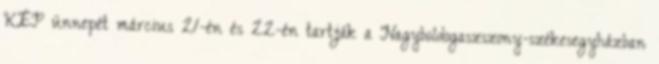
KÉP ünnepét március 21-én és 22-én tartják a Nagyboldogaszszony-székesegyházban